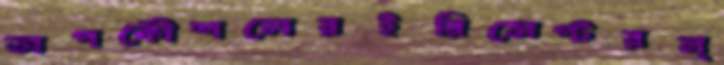
অপকৌশলেরইরিসেপ্টরন্